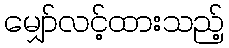
မျှော်လင့်ထားသည့်